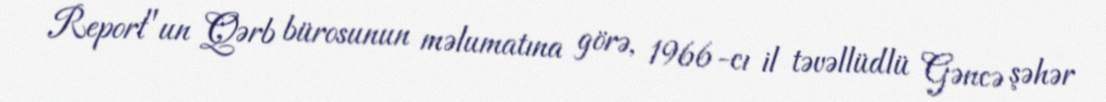
Report"un Qərb bürosunun məlumatına görə, 1966-cı il təvəllüdlü Gəncə şəhər